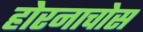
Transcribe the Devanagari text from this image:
होरनाचोस